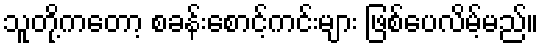
သူတို့ကတော့ စခန်းစောင့်ကင်းများ ဖြစ်ပေလိမ့်မည်။